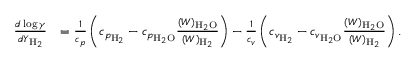
\begin{array} { r l } { \frac { d \log \gamma } { d Y _ { \mathrm { H } _ { 2 } } } } & { = \frac { 1 } { c _ { p } } \left( c _ { p _ { \mathrm { H } _ { 2 } } } - c _ { p _ { \mathrm { H } _ { 2 } \mathrm { O } } } \frac { ( W ) _ { \mathrm { H } _ { 2 } \mathrm { O } } } { ( W ) _ { \mathrm { H } _ { 2 } } } \right) - \frac { 1 } { c _ { v } } \left( c _ { v _ { \mathrm { H } _ { 2 } } } - c _ { v _ { \mathrm { H } _ { 2 } \mathrm { O } } } \frac { ( W ) _ { \mathrm { H } _ { 2 } \mathrm { O } } } { ( W ) _ { \mathrm { H } _ { 2 } } } \right) . } \end{array}